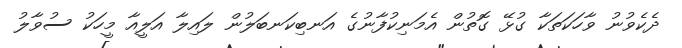
ދެކެވުނު ވާހަކަތަކާ ގުޅޭ ގޮތުން އެމަނިކުފާނުގެ އަނބިކަނބަލުން ލައިލާ އަލީއާ މީހަކު ސުވާލު